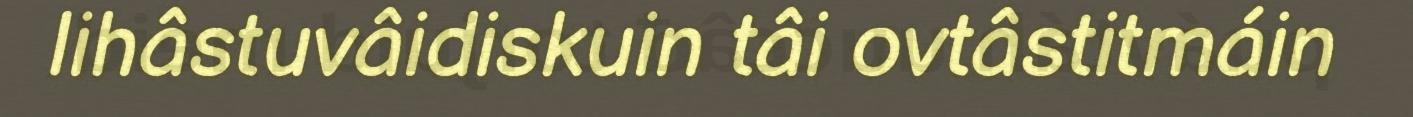
lihâstuvâidiskuin tâi ovtâstitmáin